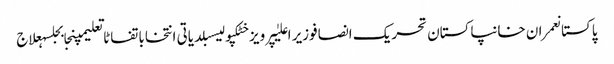
پاکستانعمران خانپاکستان تحریک انصافوزیر اعلیٰپرویز خٹکپولیسبلدیاتی انتخاباتفاٹاتعلیمپنجابجلسہعلاج